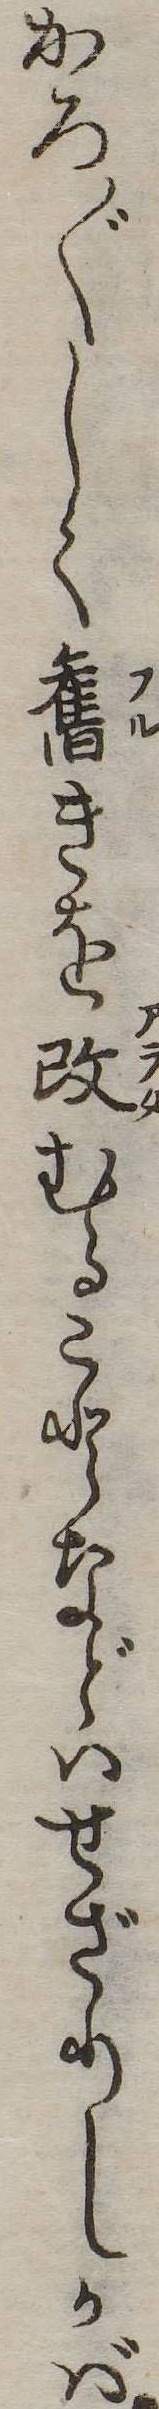
かろ〲しく旧きを改むることなどはせざりしかば